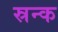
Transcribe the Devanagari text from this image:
स्रन्क